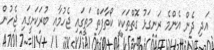
އަދި ދެން އެންމެ ރަނގަޅު ގޮތްތަކަކީ ކޯތާފަތް މަތީގައި ޖެހުމާއި ބުރަކަށީގައި ޖެހުން